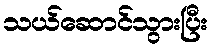
သယ်ဆောင်သွားပြီး